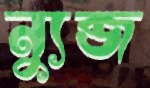
ন্যুব্জ